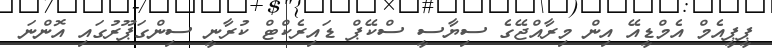
ޕީޕީއެމް އެމްޑީއޭ އިން މިރާއްޖޭގެ ސިޔާސީ ސްކޭޕް ޑައިރެކްޓް ކުރާނީ ސިންގަޕޫރުގައި އޮންނަ